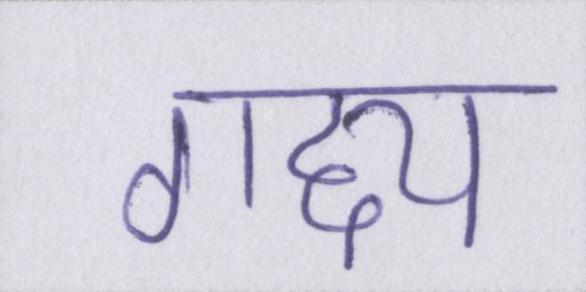
गद्द्य